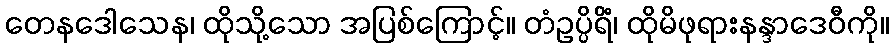
တေနဒေါသေန၊ ထိုသို့သော အပြစ်ကြောင့်။ တံဥပ္ပိရိံ၊ ထိုမိဖုရားနန္ဒာဒေဝီကို။